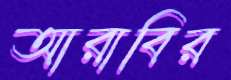
আরাবির